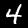
Label: 4